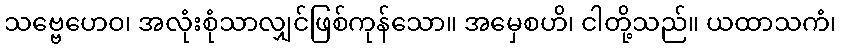
သဗ္ဗေဟေဝ၊ အလုံးစုံသာလျှင်ဖြစ်ကုန်သော။ အမှေစဟိ၊ ငါတို့သည်။ ယထာသကံ၊